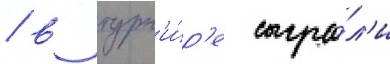
/ в турн'и́р'е сыгра́л'и